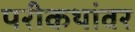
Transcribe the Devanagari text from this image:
परीकथांवर